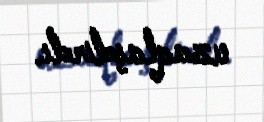
uzaqlaşdırdı.